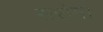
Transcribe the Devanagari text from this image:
सरोमा